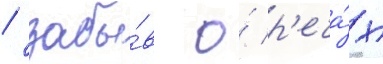
/ забы́в о́ р'еча́х